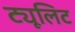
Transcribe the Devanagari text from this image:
ट्यूलिट